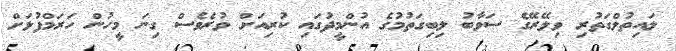
ލައިތުލްގަތުރި ވިލޭރޭގެ ސަވާބު ލިބިގަތުމުގެ އުންމީދުގައި ކުރިއަށް ވުރެވެސް ގިނަ މީހުން ހަރަމްފުޅަށް